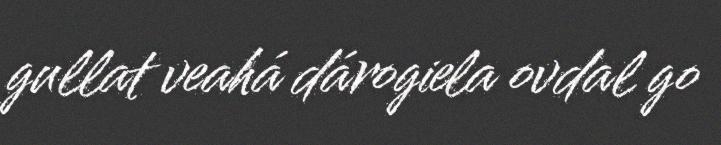
gullat veahá dárogiela ovdal go